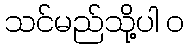
သင်မည်သို့ပါ ၀